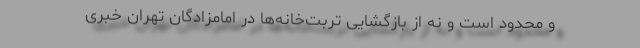
و محدود است و نه از بازگشایی تربت‌خانه‌ها در امامزادگان تهران خبری